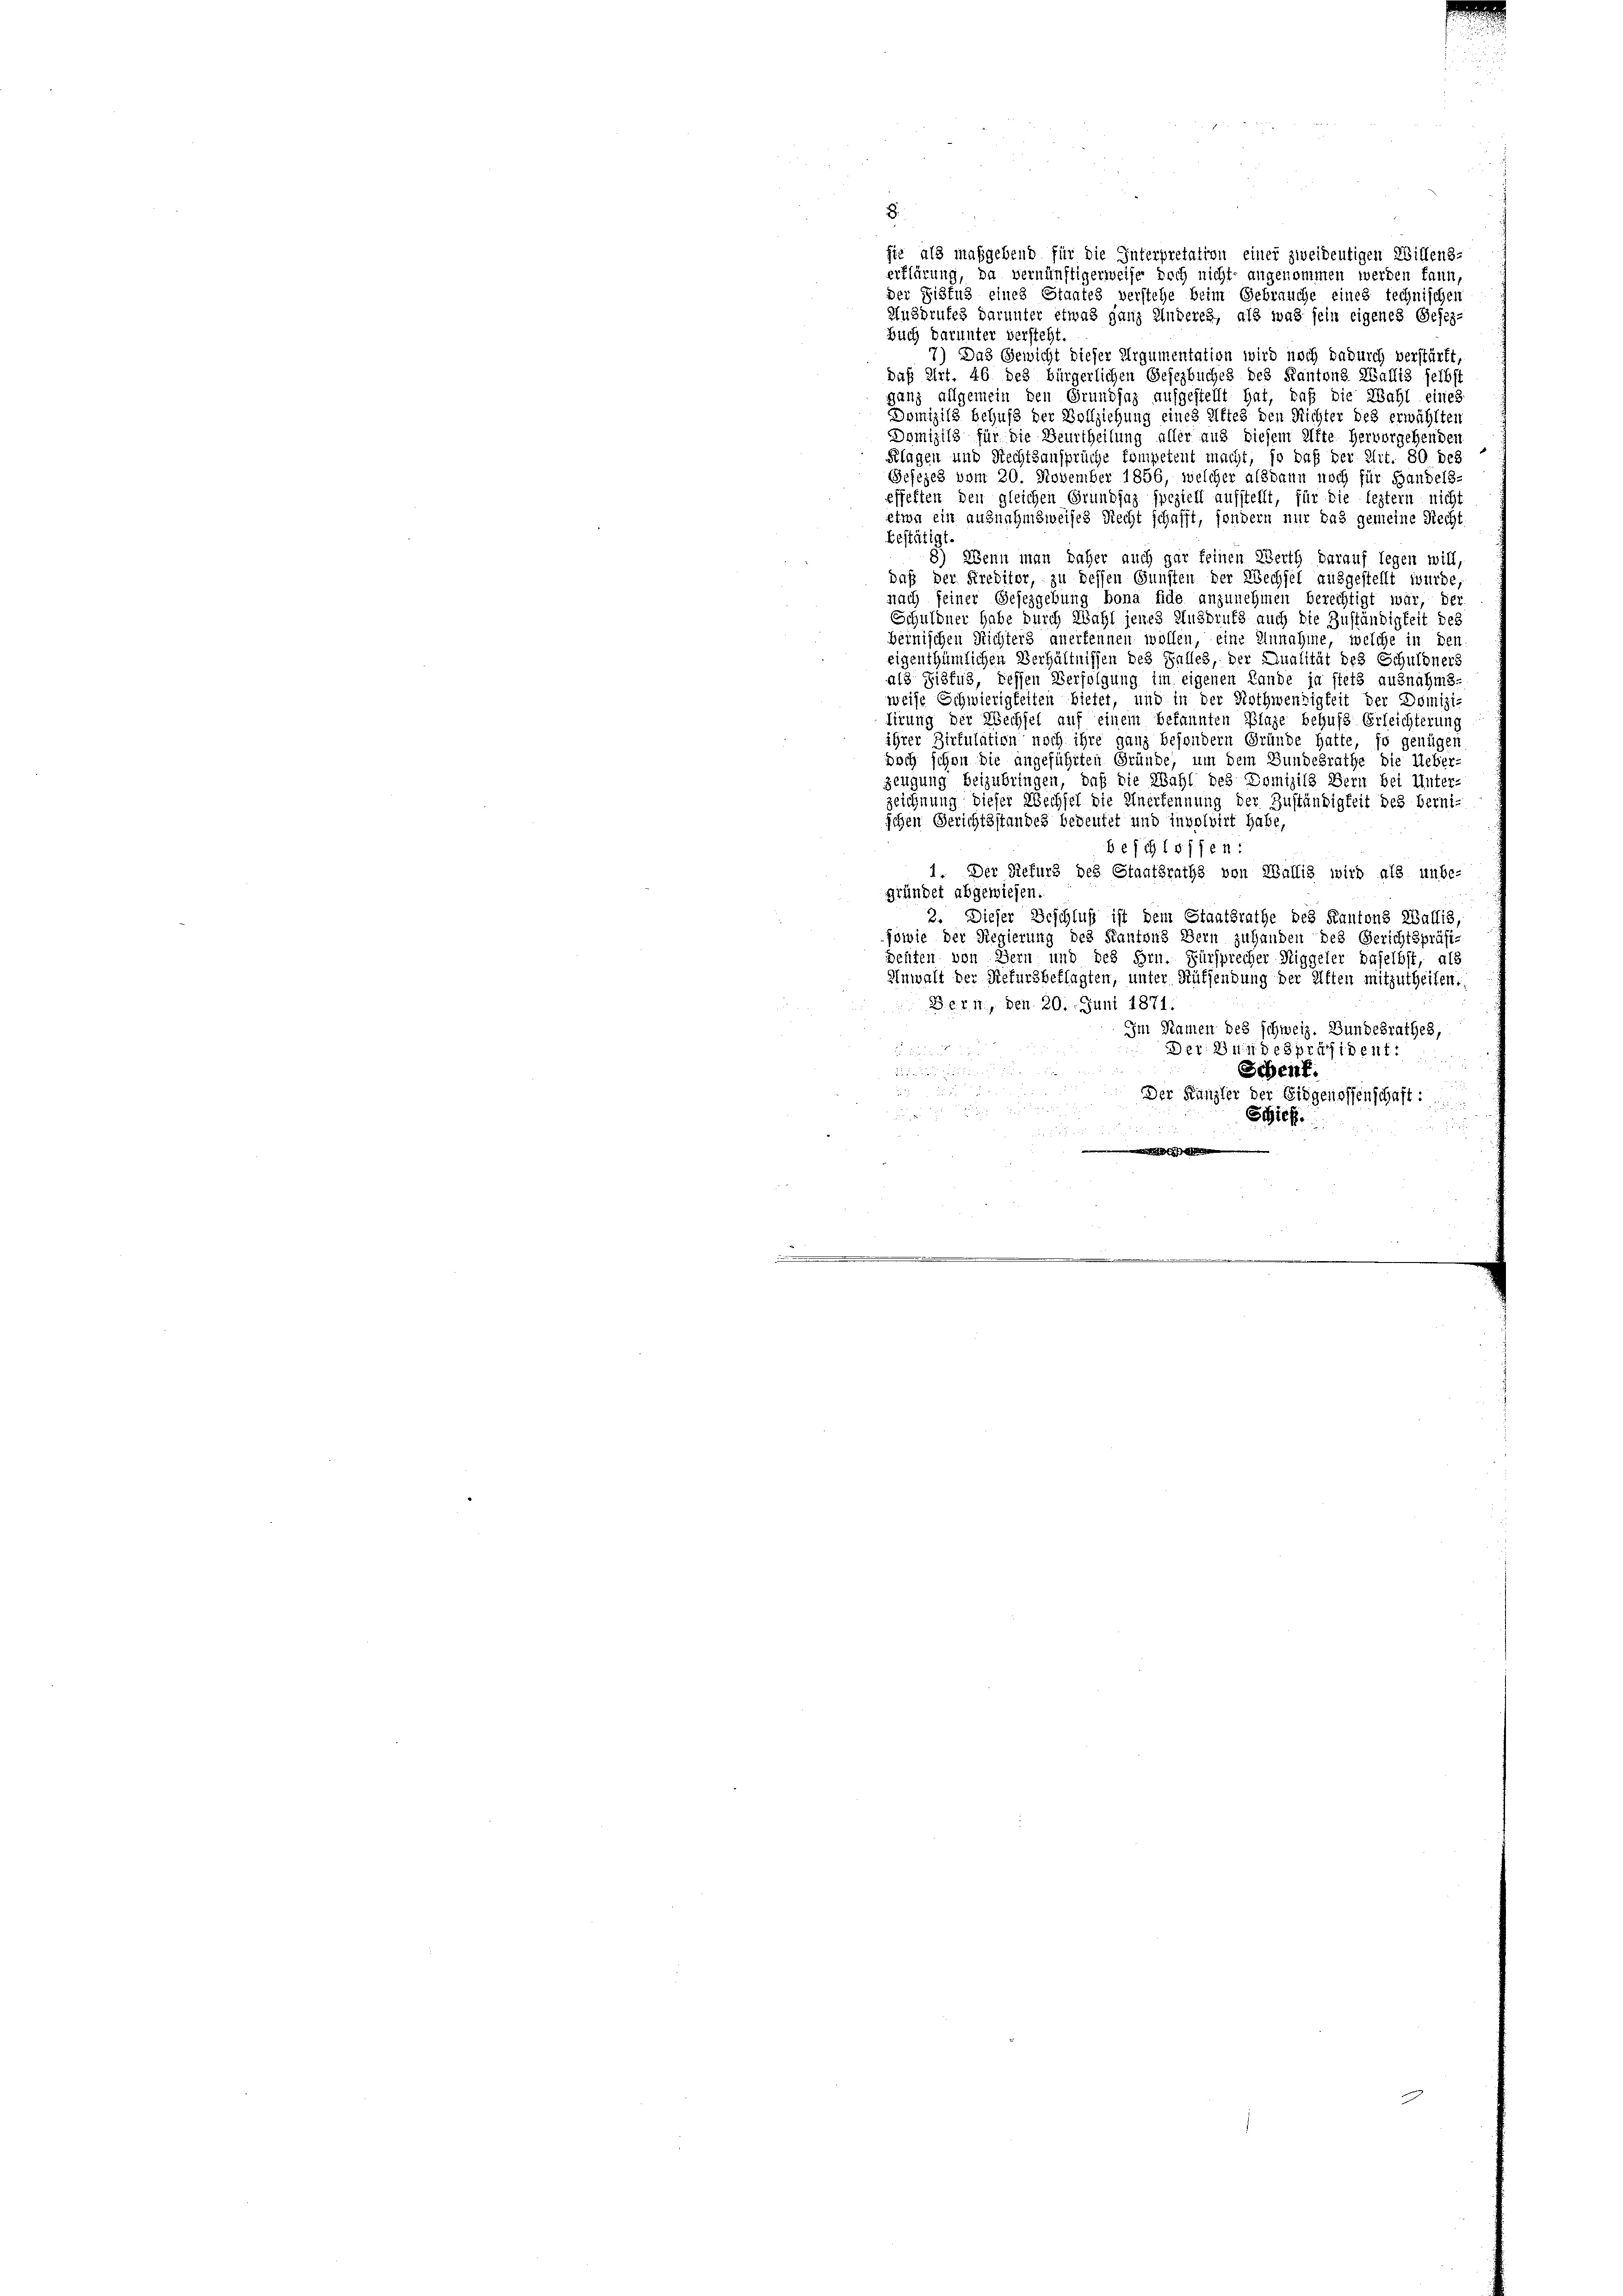
.
sie als maßgebend für die Interpretation einer zweideutigen Willens-
erklärung, da vernünftigerweise doch nicht angenommen werden kann,
der Fistus eines Staates verstehe beim Gebrauche eines technischen
Ausbrufes darunter etwas ganz Anderes, als was sein eigenes Gesez¬
Buch darunter versteht.
7) Das Gewicht dieser Argumentation wird noch dadurch verstärkt,
daß Art. 46 des bürgerlichen Gesezbuches des Kantons Wallis selbst
ganz allgemein den Grundsaz aufgestellt hat, daß die Wahl eines
Domizils behufs der Vollziehung eines Attes den Richter des erwählten
Domizils für die Beurtheilung aller aus diesem elfte hervorgehenden
Klagen und Rechtsansprüche kompetent macht, so daß der Art. 80 des
Gesezes vom 20. November 1856, welcher alsdann noch für Handels-
effetten den gleichen Grundsaz speziell aufstellt, für die leztern nicht
etwa ein ausnahmsweises Recht schafft, sondern nur das gemeine Recht
bestätigt.
8) Wenn man daher auch gar keinen Werth darauf legen will,
daß der Preditor, zu dessen Gunsten der Wechsel ausgestellt wurde,
nach seiner Gesezgebung bona fide anzunehmen berechtigt war, der
Schuldner habe durch Wahl jenes Anspruch auch die Zuständigkeit des
beinischen Richters anerkennen wollen, eine Unnahme, welche in den
eigenthümlichen Verhältnissen des Falles, der Qualität des Schuldners
als Sigfus, dessen Verfolgung im eigenen Lande ja stets ausnahms-
weise Schwierigkeiten bietet, und in der Nothwendigkeit der Domizi
tirung der Wechsel auf einem bekannten Plage behufs Erleichterung
ihrer Zirkulation noch ihre ganz besondern Gründe hatte, so genügen
doch schon die angeführten Gründe, um dem Bundesrathe die Ueber-
zeugung beizubringen, daß die Wahl des Domizils Bern bei Unter-
zeichnung dieser Wechsel die Anerkennung der Zuständigkeit des berni-
ichen Gerichtsstandes bedeutet und involvirt habe,
beschlossen:
1. Der Refurs des Staatsraths von Wallis wird als unbe-
gründet abgewiesen.
2. Dieser Beschluß ist dem Staatsrathe des Kantons Wallis,
sowie der Regierung des Kantons Bern zuhanden des Gerichtspräsi-
delten von Bern und des Hrn. Fürsprecher Riggeler daselbst, als
Anwalt der Refursbeklagten, unter Rüffendung der Elften mitzutheilen.
Bern, den 20. Juni 1871.
Im Namen des schweiz. Bundesrathes,
Der Bundespräsident:
Schenk.
25 tn Mauer

Der Kanzler der Eidgenossenschaft

Schief

.